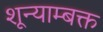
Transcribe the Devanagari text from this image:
शून्याम्बक्त